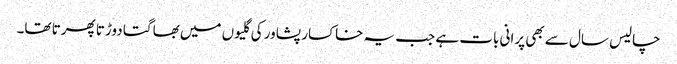
چالیس سال سے بھی پرانی بات ہے جب یہ خاکسار پشاور کی گلیوں میں بھاگتا دوڑتا پھرتا تھا۔